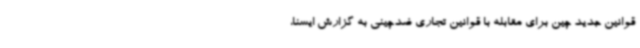
قوانین جدید چین برای مقابله با قوانین تجاری ضدچینی به گزارش ایسنا،